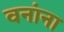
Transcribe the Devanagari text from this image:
वनांना